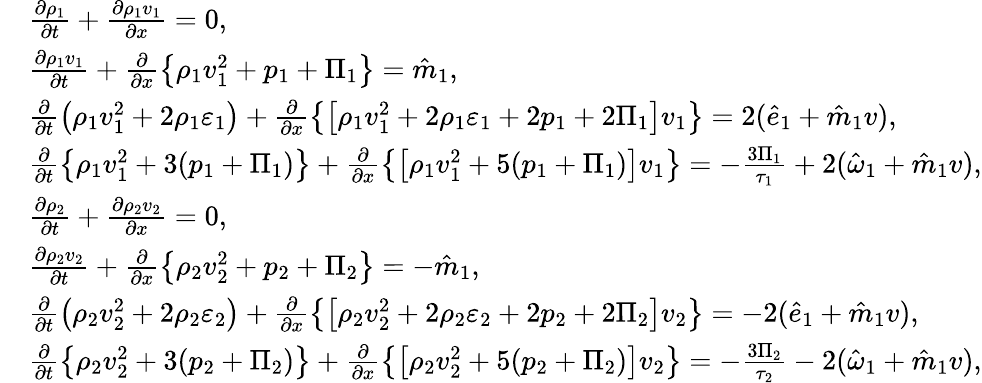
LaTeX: \begin{array}{rl}&{\frac{\partial\rho_{1}}{\partial t}+\frac{\partial\rho_{1}v_{1}}{\partial x}=0,}\\ &{\frac{\partial\rho_{1}v_{1}}{\partial t}+\frac{\partial}{\partial x}\left\{ \rho_{1}v_{1}^{2}+p_{1}+\Pi_{1}\right\} =\hat{m}_{1},}\\ &{\frac{\partial}{\partial t}\left(\rho_{1}v_{1}^{2}+2\rho_{1}\varepsilon_{1}\right)+\frac{\partial}{\partial x}\left\{ \left[\rho_{1}v_{1}^{2}+2\rho_{1}\varepsilon_{1}+2p_{1}+2\Pi_{1}\right]v_{1}\right\} =2(\hat{e}_{1}+\hat{m}_{1}v),}\\ &{\frac{\partial}{\partial t}\left\{ \rho_{1}v_{1}^{2}+3(p_{1}+\Pi_{1})\right\} +\frac{\partial}{\partial x}\left\{ \left[\rho_{1}v_{1}^{2}+5(p_{1}+\Pi_{1})\right]v_{1}\right\} =-\frac{3\Pi_{1}}{\tau_{1}}+2(\hat{\omega}_{1}+\hat{m}_{1}v),}\\ &{\frac{\partial\rho_{2}}{\partial t}+\frac{\partial\rho_{2}v_{2}}{\partial x}=0,}\\ &{\frac{\partial\rho_{2}v_{2}}{\partial t}+\frac{\partial}{\partial x}\left\{ \rho_{2}v_{2}^{2}+p_{2}+\Pi_{2}\right\} =-\hat{m}_{1},}\\ &{\frac{\partial}{\partial t}\left(\rho_{2}v_{2}^{2}+2\rho_{2}\varepsilon_{2}\right)+\frac{\partial}{\partial x}\left\{ \left[\rho_{2}v_{2}^{2}+2\rho_{2}\varepsilon_{2}+2p_{2}+2\Pi_{2}\right]v_{2}\right\} =-2(\hat{e}_{1}+\hat{m}_{1}v),}\\ &{\frac{\partial}{\partial t}\left\{ \rho_{2}v_{2}^{2}+3(p_{2}+\Pi_{2})\right\} +\frac{\partial}{\partial x}\left\{ \left[\rho_{2}v_{2}^{2}+5(p_{2}+\Pi_{2})\right]v_{2}\right\} =-\frac{3\Pi_{2}}{\tau_{2}}-2(\hat{\omega}_{1}+\hat{m}_{1}v),}\end{array}